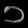
Digit: ၁